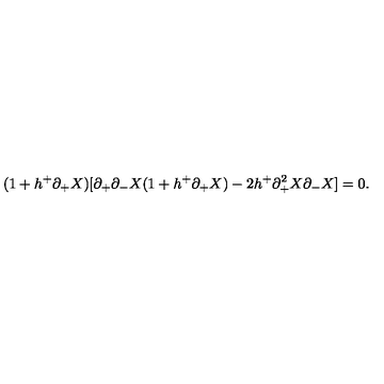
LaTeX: ( 1 + h ^ { + } \partial _ { + } X ) [ \partial _ { + } \partial _ { - } X ( 1 + h ^ { + } \partial _ { + } X ) - 2 h ^ { + } \partial _ { + } ^ { 2 } X \partial _ { - } X ] = 0 .